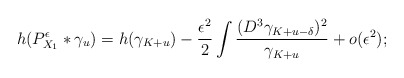
\begin{align*}h(P_{X_1}^{\epsilon}*\gamma_u)=h(\gamma_{K+u})-\frac{\epsilon^2}{2}\int\frac{(D^3\gamma_{K+u-\delta})^2}{\gamma_{K+u}}+o(\epsilon^2);\end{align*}